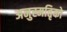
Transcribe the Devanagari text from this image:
अनुस्मतिृको